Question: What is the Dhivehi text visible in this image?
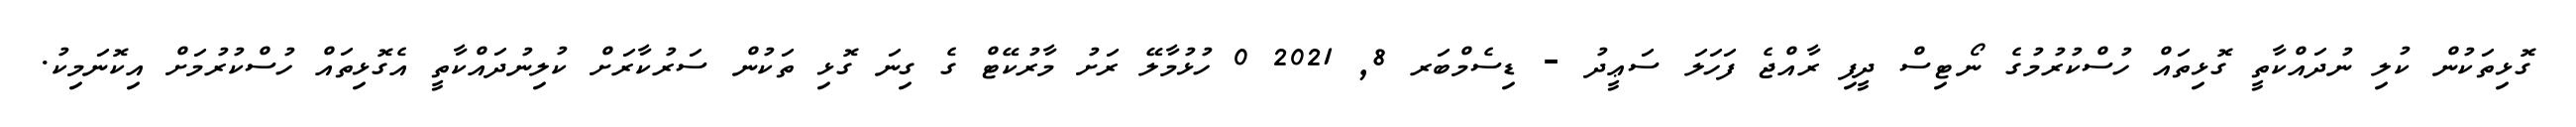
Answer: ގޮޅިތަކުން ކުލި ނުދައްކާތީ ގޮޅިތައް ހުސްކުރުމުގެ ނޯޓިސް ދީފި ރާއްޖެ ފަހަލަ ސަޢީދު - ޑިސެމްބަރ 8, 2021 0 ހުޅުމާލޭ ރަށު މާރުކޭޓް ގެ ގިނަ ގޮޅި ތަކުން ސަރުކާރަށް ކުލިނުދައްކާތީ އެގޮޅިތައް ހުސްކުރުމަށް އިކޮނަމިކު.